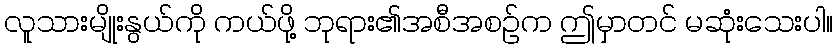
လူသားမျိုးနွယ်ကို ကယ်ဖို့ ဘုရား၏အစီအစဉ်က ဤမှာတင် မဆုံးသေးပါ။